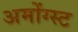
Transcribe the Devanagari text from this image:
अमोंग्स्ट